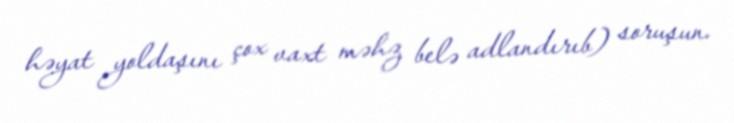
həyat yoldaşını çox vaxt məhz belə adlandırıb) soruşun.